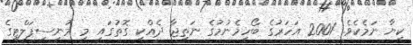
ކިޔާ ނަމެކެވެ. 2001 އަހަރުގެ ބޯހިމެނުމުގެ ނަތިޖާ ދެއްކި ގޮތުގައި މި މުނިސިޕަލްޓިގެ